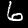
Label: 6